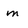
Character: m